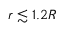
r \lesssim 1 . 2 R _ { \sun }